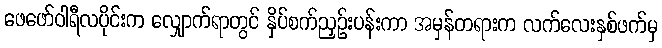
ဖေဖော်ဝါရီလပိုင်းက လျှောက်ရာတွင် နှိပ်စက်ညှဉ်းပန်းကာ အမှန်တရားက လက်လေးနှစ်ဖက်မှ